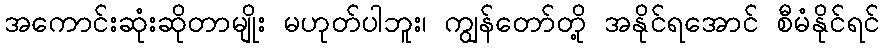
အကောင်းဆုံးဆိုတာမျိုး မဟုတ်ပါဘူး၊ ကျွန်တော်တို့ အနိုင်ရအောင် စီမံနိုင်ရင်